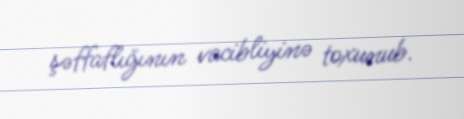
şəffaflığının vacibliyinə toxunub.